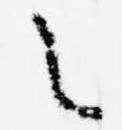
之